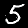
Digit: 5